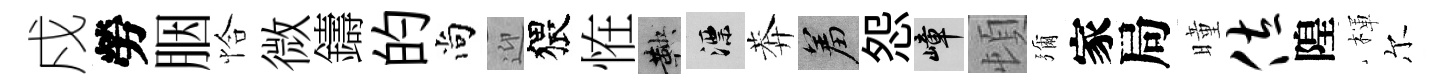
戍勞胭恰微鑄的尚迎猥恠鞅漂莾羞怨嶂頓彌家局曈佐隍楎尔